Scottish Leaving Certificate Examination, 1961
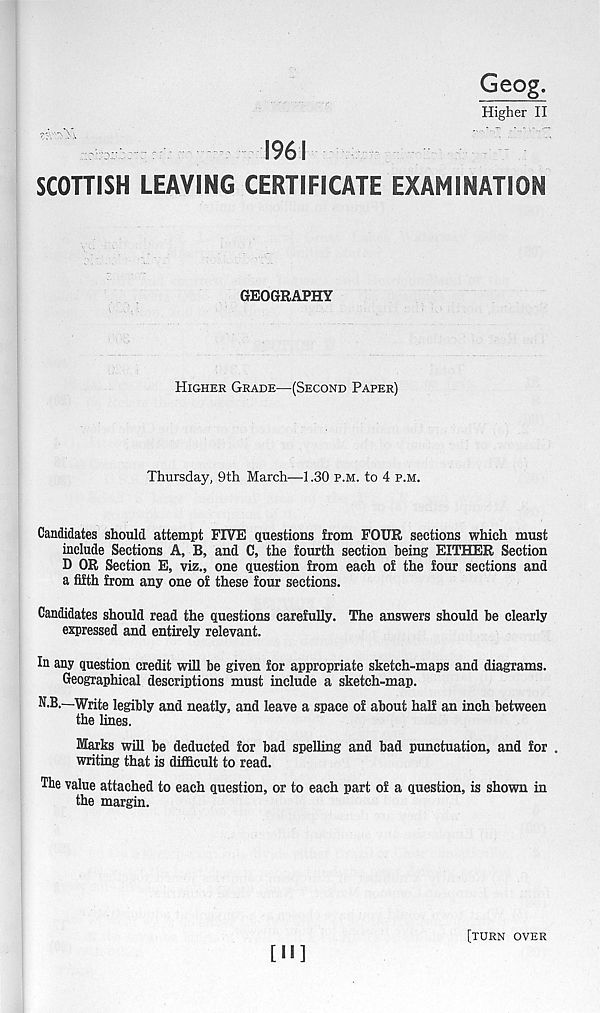
Geog.
Higher II
1961
SCOTTISH LEAVING CERTIFICATE EXAMINATION
GEOGRAPHY
Higher Grade—(Second Paper)
Thursday, 9th March—1.30 p.m. to 4 p.m.
Candidates should attempt FIVE questions from FOUR sections which must
include Sections A, B, and C, the fourth section being EITHER Section
D OR Section E, viz., one question from each of the four sections and
a fifth from any one of these four sections.
Candidates should read the questions carefully. The answers should he clearly
expressed and entirely relevant.
In any question credit will be given for appropriate sketch-maps and diagrams.
Geographical descriptions must include a sketch-map.
N.B.—Write legibly and neatly, and leave a space of about half an inch between
the lines.
Marks will be deducted for bad spelling and bad punctuation, and for
writing that is difficult to read.
The value attached to each question, or to each part of a question, is shown in
the margin.
[II]
[turn over